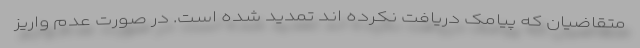
متقاضیان که پیامک دریافت نکرده اند تمدید شده است. در صورت عدم واریز